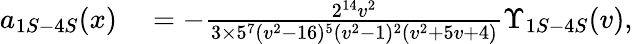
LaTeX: \begin{array}{rl}{a_{1S-4S}(x)}&{{}=-\frac{2^{14}v^{2}}{3\times 5^{7}(v^{2}-16)^{5}(v^{2}-1)^{2}(v^{2}+5v+4)}\Upsilon_{1S-4S}(v),}\end{array}